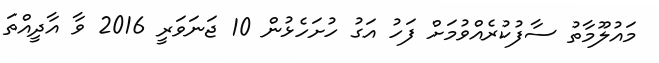
މައުލޫމާތު ސާފުކުރެއްވުމަށް ފަހު އަގު ހުށަހެޅުން 10 ޖަނަވަރީ 2016 ވާ އާދީއްތަ